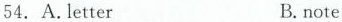
54. A.letter B.note